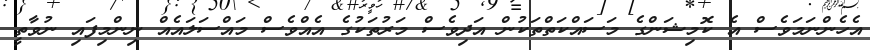
އެހެންނަމަވެސް އެ ކޮމިޝަންގެ މަސައްކަތްތަކުން އަދިވެސް މަރުތަކުގެ އެއްވެސް މައްސަލައެއް ނިންމިފައި ނުވާތީ